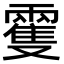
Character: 𩀝